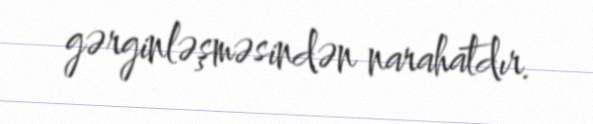
gərginləşməsindən narahatdır.